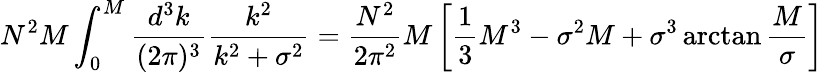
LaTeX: N^{2}M\int_{0}^{M}{\frac{d^{3}k}{(2\pi)^{3}}}{\frac{k^{2}}{k^{2}+\sigma^{2}}}={\frac{N^{2}}{2\pi^{2}}}M\left[{\frac{1}{3}}M^{3}-\sigma^{2}M+\sigma^{3}\arctan{\frac{M}{\sigma}}\right]